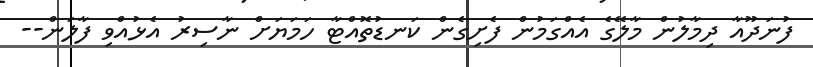
ފުނަދޫއާ ދިމާލުން މާލޭގެ އެއްގަމުން ފެށިގެން ކަނޑުތޮއްޓާ ހަމަޔަށް ނާސިރު އެޅުއްވި ފާލަން--